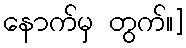
နောက်မှ တွက်။]